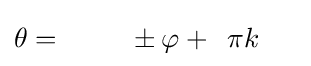
\theta ={\phantom {-1\quad }}\pm \varphi +{\phantom {2}}\pi k{\phantom {+\pi }}